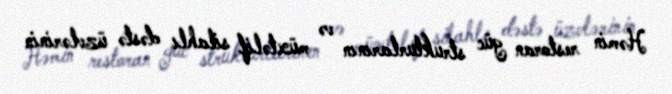
Həmin restoran güc strukturlarının və müxtəlif silahlı dəstə üzvlərinin